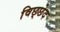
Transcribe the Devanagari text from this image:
विछ्छेद